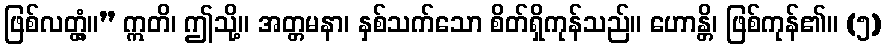
ဖြစ်လတ္တံ့။” ဣတိ၊ ဤသို့။ အတ္တမနာ၊ နှစ်သက်သော စိတ်ရှိကုန်သည်။ ဟောန္တိ၊ ဖြစ်ကုန်၏။ (၅)